Bréfritari: Jakobína Jónsdóttir
Viðtakandi: Sólveig Jónsdóttir
Dagsetning: A-1881-03-29
Skrifað á: Bessastöðum  Gull.
systir bréfviðtakanda

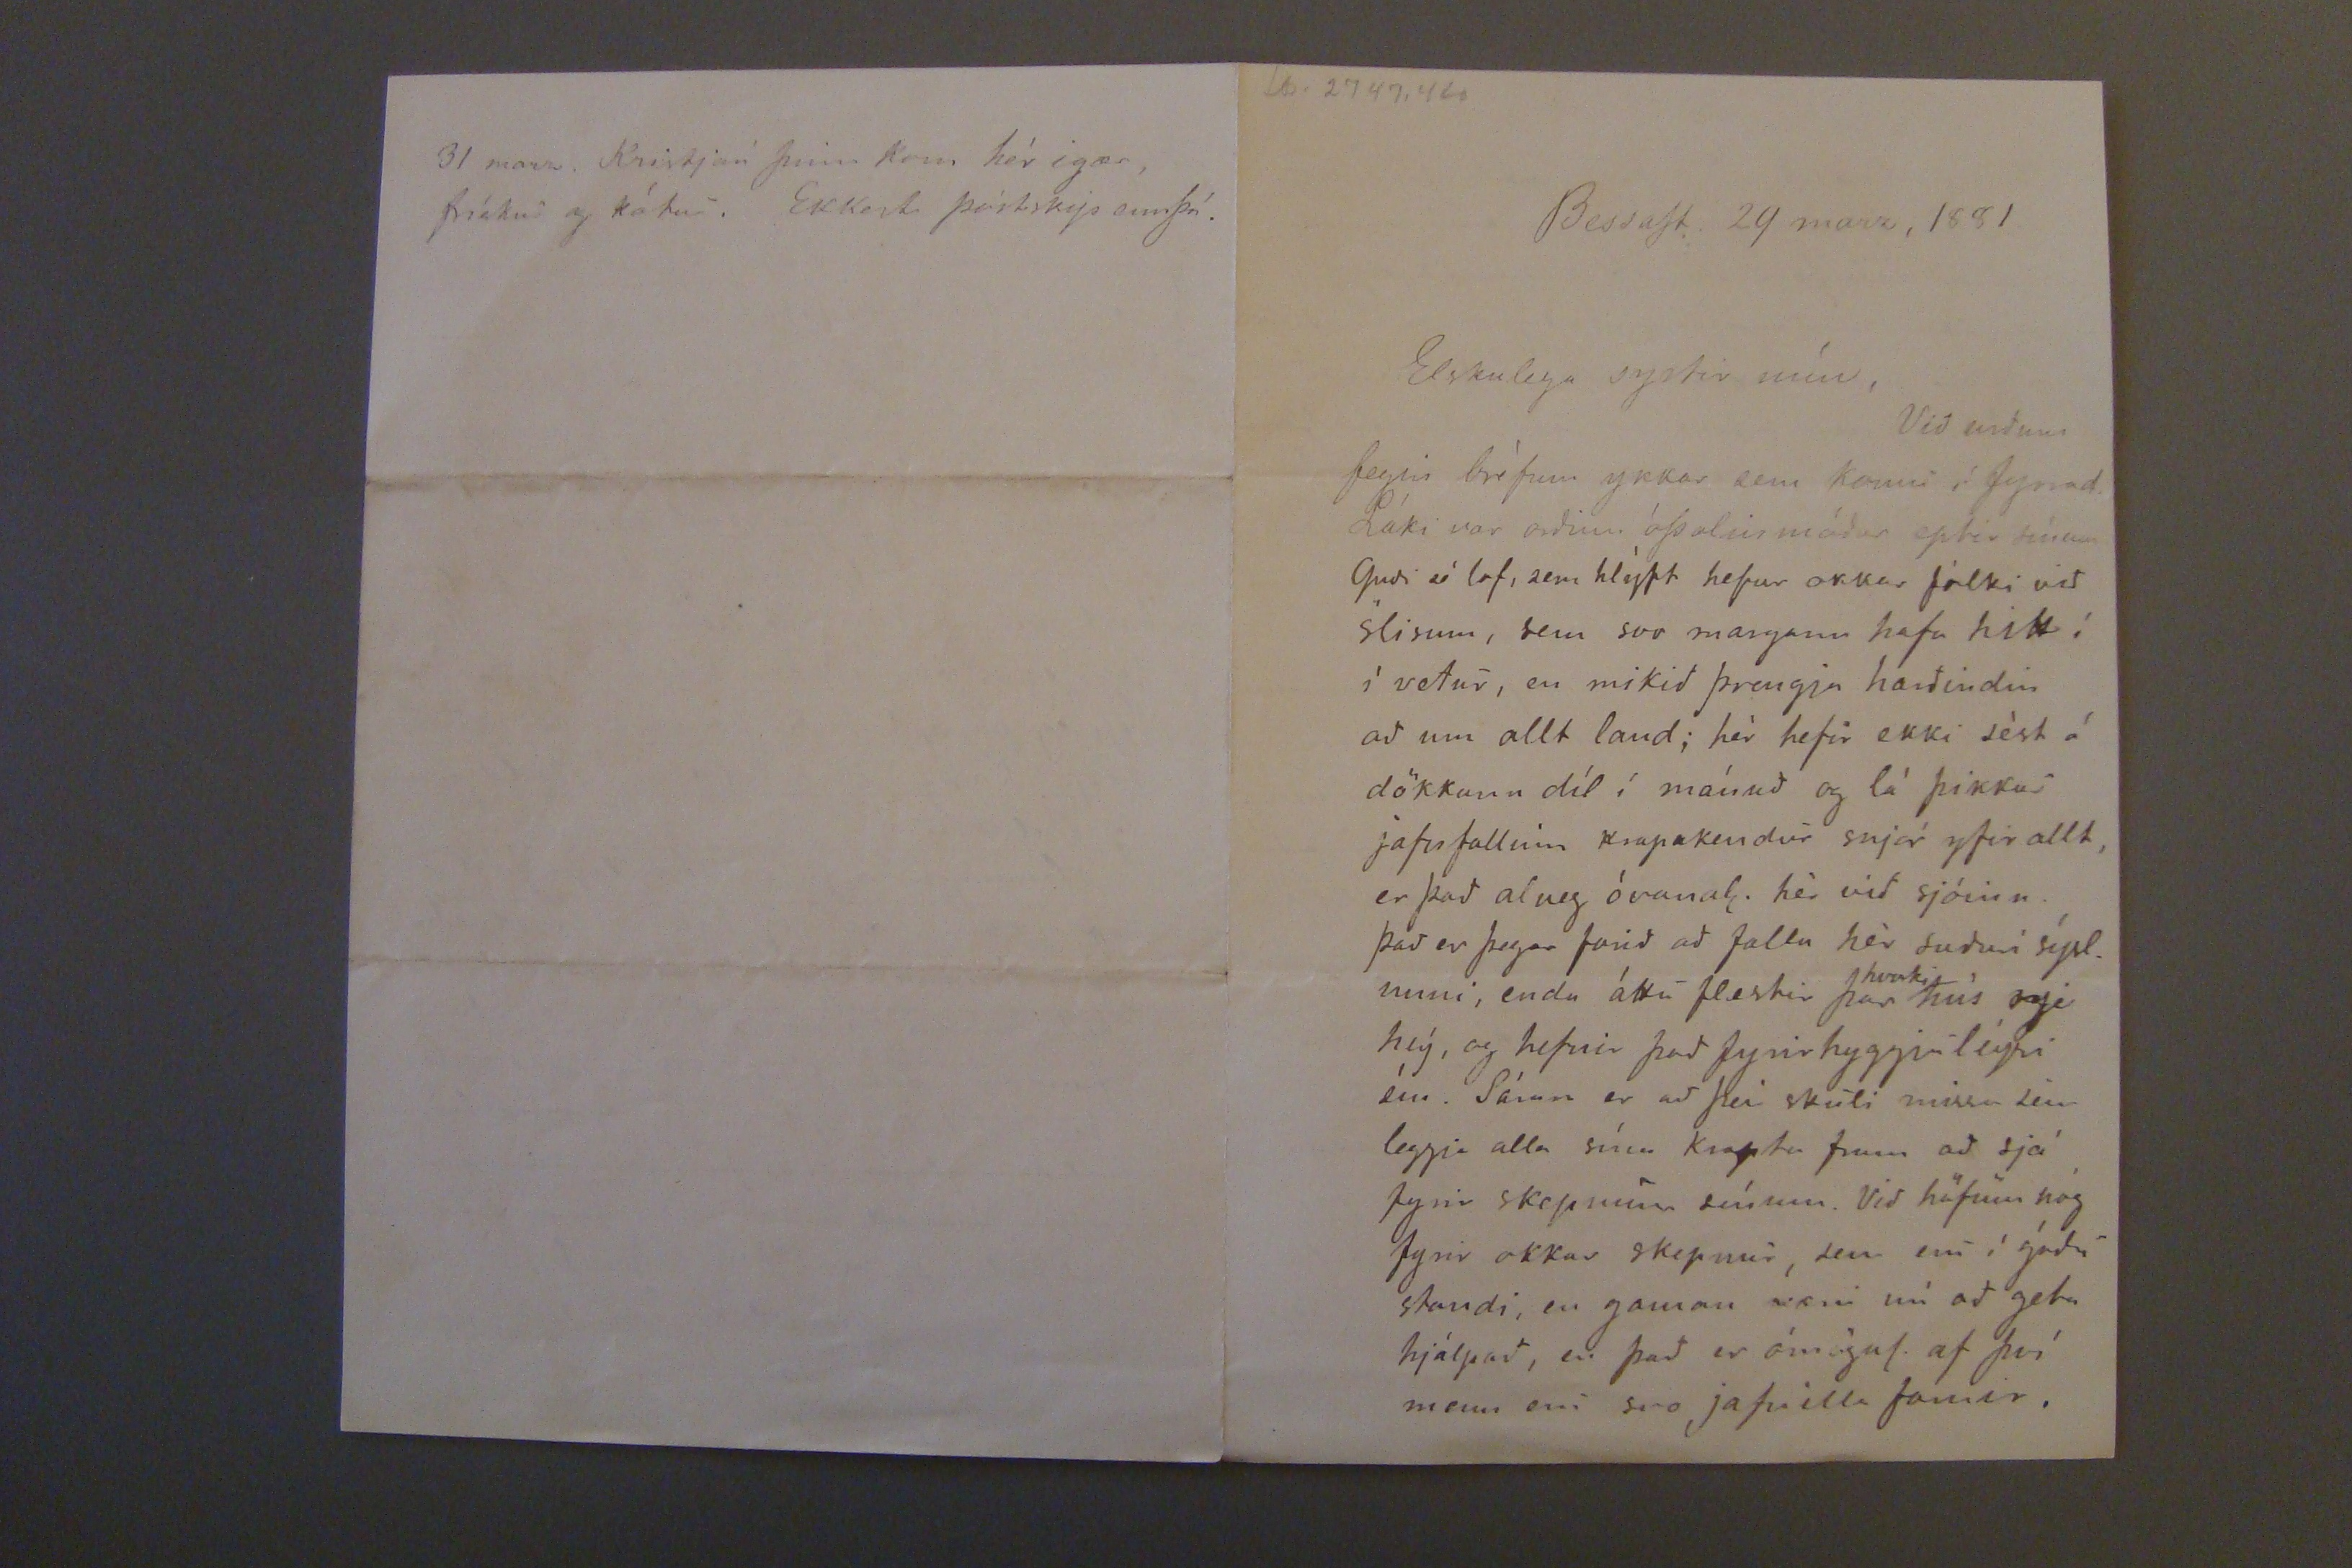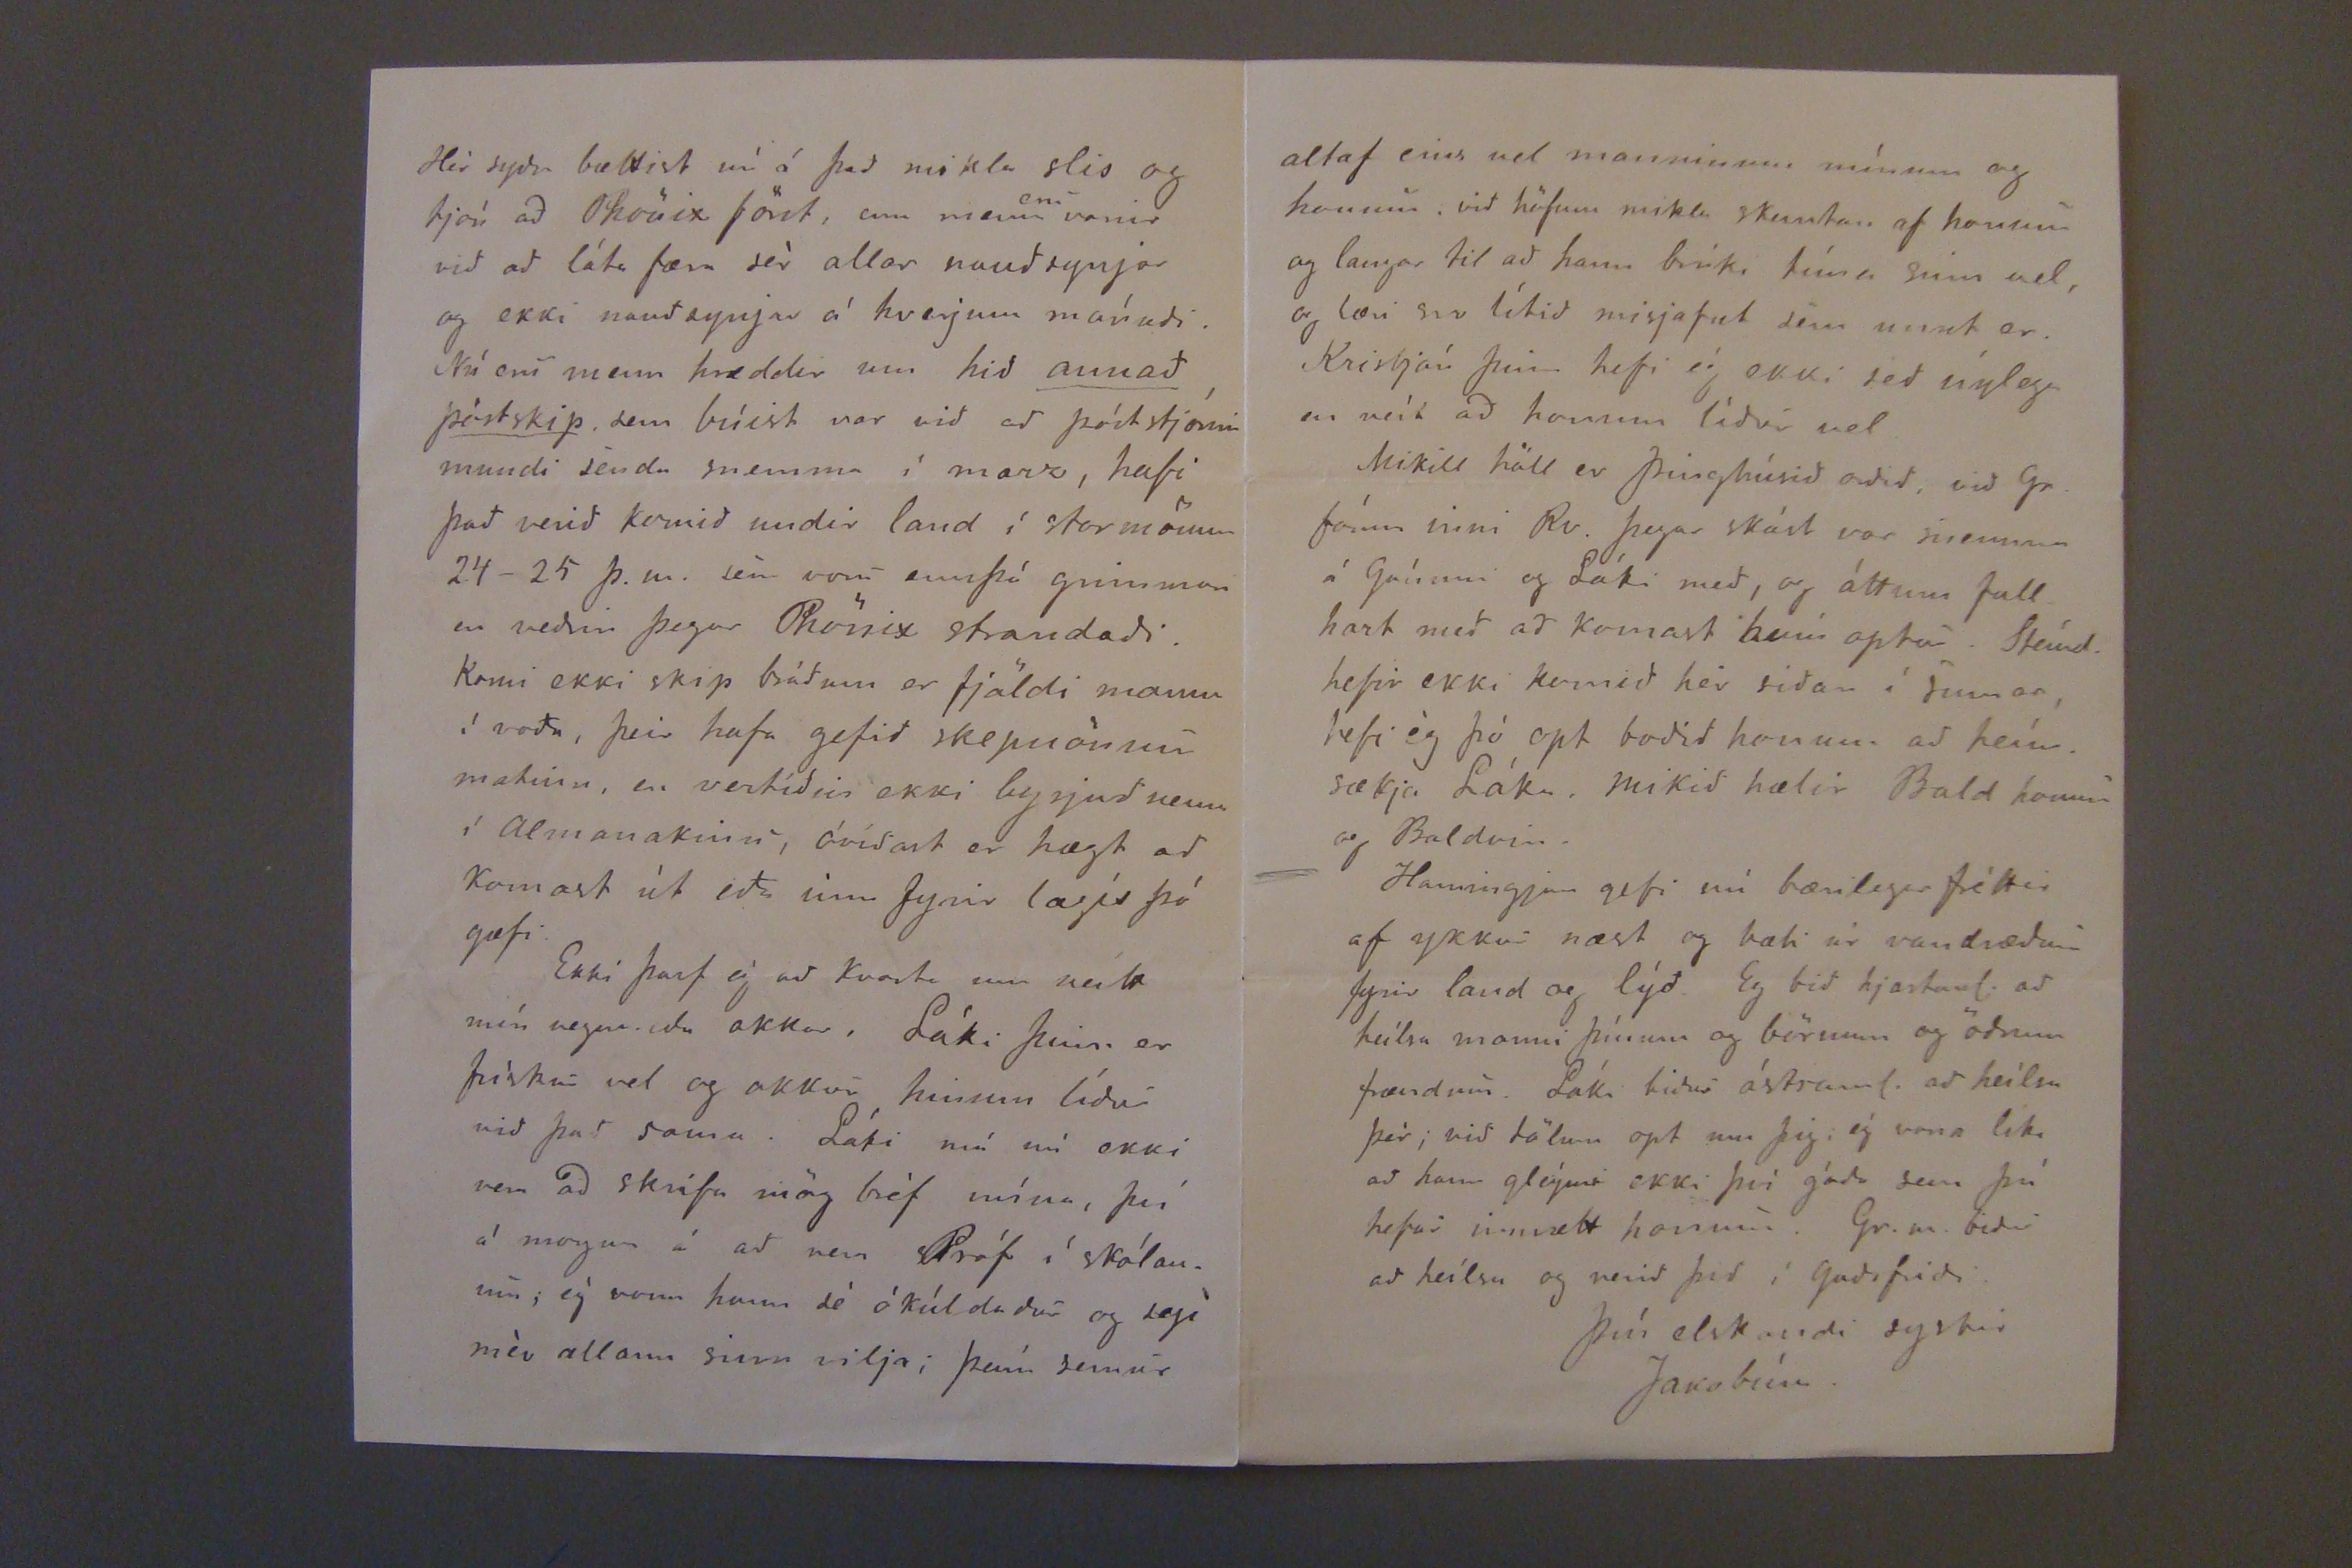

Lb. 2747,410
BessaSt. 29 marz, 1881
Elskulega systir mín,
Við urðum fegin bréfinu ykkar sem kom í fyrrad. Láki var orðin óþolinmóður eptir
fréttum
Guði sé lof, sem hleýpt hefur okkar fólki við slisum, sem svo margann hafa hitt í í vetur, en mikið þrengja harðindin að um allt land; hér hefir ekki sést á dökkann díl í mánuð og lá þikkur jafnfallinn krapakendur snjór yfir allt, er það alveg óvanal. hér við sjóinn. Það er þegar farið að falla hér suðurí sýslunni, enda áttu flestir þar
hvorki
hús njé heý, og hefnir það fyrirhyggjuleýsi eín. fáum er að þá skuli missa sem leggja alla sína krapta fram að sjá fyrir skepnum sínum. Við höfum nóg fyrir okkar skepnur, sem eru í góðu standi, en gaman væri nú að geta hjálpað, en það er ómögul. af því menn eru svo jafnilla farnir.
Hér syðra bættist nú á það mikla slis og tjón að Phönix fórst, enn menn
eru
vanir við að láta færa sér allar nauðsynja og ekki nauðsynja á hverjum mánuði. Nú eru menn hræddir um hið
annað póstskip
sem búist var við að póststjóri mundi senda snemma í marz, hafi það verið komið undir land í stormönum 24-25 þ.m. sem voru ennþá grimmar en veðrin þegar Phönix strandaði. Komi ekki skip bráðum er fjöldi manns í voða, þeir hafa gefið skepnönum matinn, en vertíðin ekki byrjuð nema í Almanakinu, áríðast er hægt að komast út eða inn fyrir lægir þó gæfi.
Ekki þarf ég að Kvarta enn neitt mín vegna eða okkar. Láki þinn er frískur vel og okkur hinum líður við það sama. Láki má nú ekki vera að skrifa mðörg bréf núna, því á morgun á að vera Próf í skólanum; ég vona hann sé ókúldaður og segi mér allann sinn vilja; þeím semur
31 marz. Kristján þinn kom hér igær, frískur og kátur. Ekkert póstskip ennþá.
altaf eins vel manninum mínum og honum, við höfum mikla skemtun af honum og langar til að hann brúka tíma sinn vel, og læri svo lítið misjafnt sem unnt er. Kristján þinn hefi ég ekki séð nýlega en veít að honum líður vel.
Mikill höll er Þinghúsið orðið, við Gr. fórum inni Rv. þegar skást var snemma á Fóunni og Láki með, og áttum fallhart með að komast heim aptur. Steínd. hefir ekki komið hér siðan í sumar; hefi ég þó opt boðið honum að heímsækja Láka, mikið hælir Bald honum og Baldvin.
Hamingjan gefi nú bærilegar fréttir af ykkur næst og bæli úr vandræðum fyrir land og lýð. Eg bið hjartanl. að heílsa manni þínum og börnum og öðrum frændum. Láki biður ástranl. að heílsa þér; við tölum opt um þig; ég vona líka að hann gleými ekki því góða sem þú hefur umælt honum. Gr. m. biður að heílsa og verið þið í Gudsfriði.
Þín elskandi systir
Jakóbína.